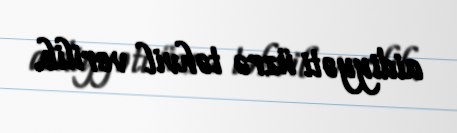
aidiyyəti üzrə təhvil verilib.